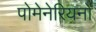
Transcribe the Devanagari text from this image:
पोमेनेरियनों